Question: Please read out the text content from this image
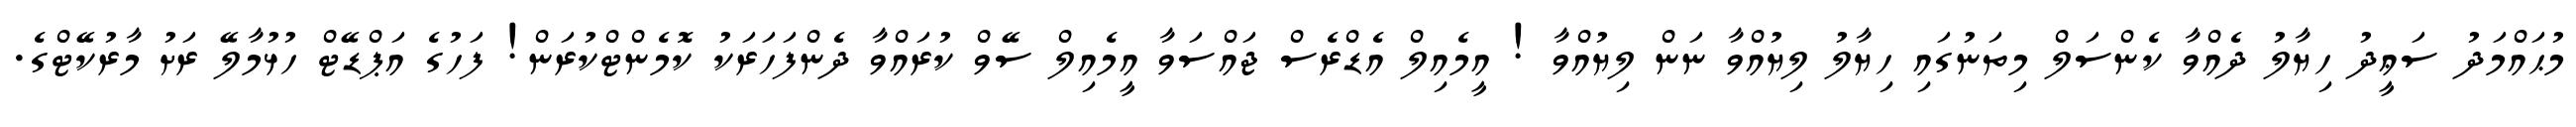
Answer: މުޙައްމަދު ސަޢީދު ހިޔާލު ދެއްވާ ކެންސަލް މިތަނުގައި ހިޔާލު ލިޔުއްވާ ނަން ލިޔުއްވާ ! އީމެއިލް އެޑްރެސް ޖައްސަވާ އީމެއިލް ސޭވް ކުރައްވާ ދެންފަހަރަކު ކޮމެންޓްކުރަން! ފަހުގެ އަޕްޑޭޓް ހުޅުމާލޭ ރަށު މާރުކޭޓްގެ.